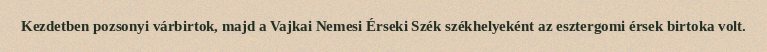
Kezdetben pozsonyi várbirtok, majd a Vajkai Nemesi Érseki Szék székhelyeként az esztergomi érsek birtoka volt.